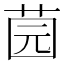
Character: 𱽪